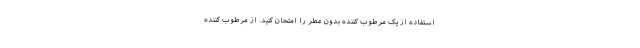
استفاده از یک مرطوب کننده بدون عطر را امتحان کنید. از مرطوب کننده